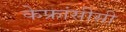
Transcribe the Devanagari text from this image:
केफ्रांसीसी